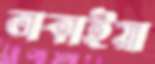
ডাকাইয়া